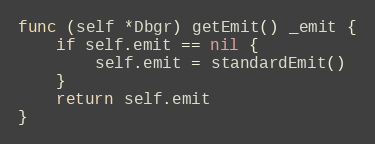
Language: Go
func (self *Dbgr) getEmit() _emit {
	if self.emit == nil {
		self.emit = standardEmit()
	}
	return self.emit
}